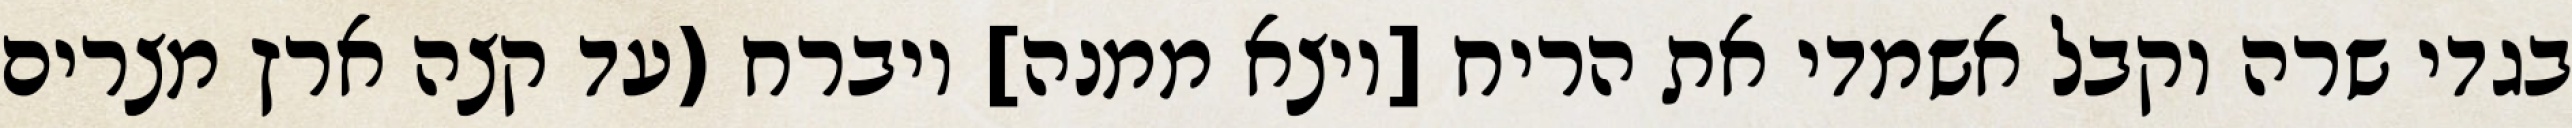
בגדי שרה וקבל אשמדי את הריח [ויצא ממנה] ויברח (עד קצה ארץ מצרים